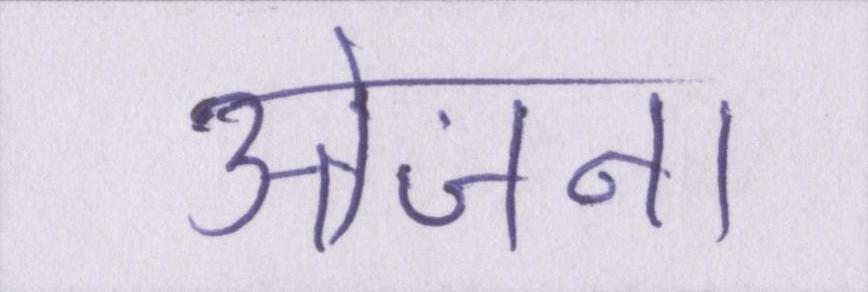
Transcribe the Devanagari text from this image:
उत्तेजना